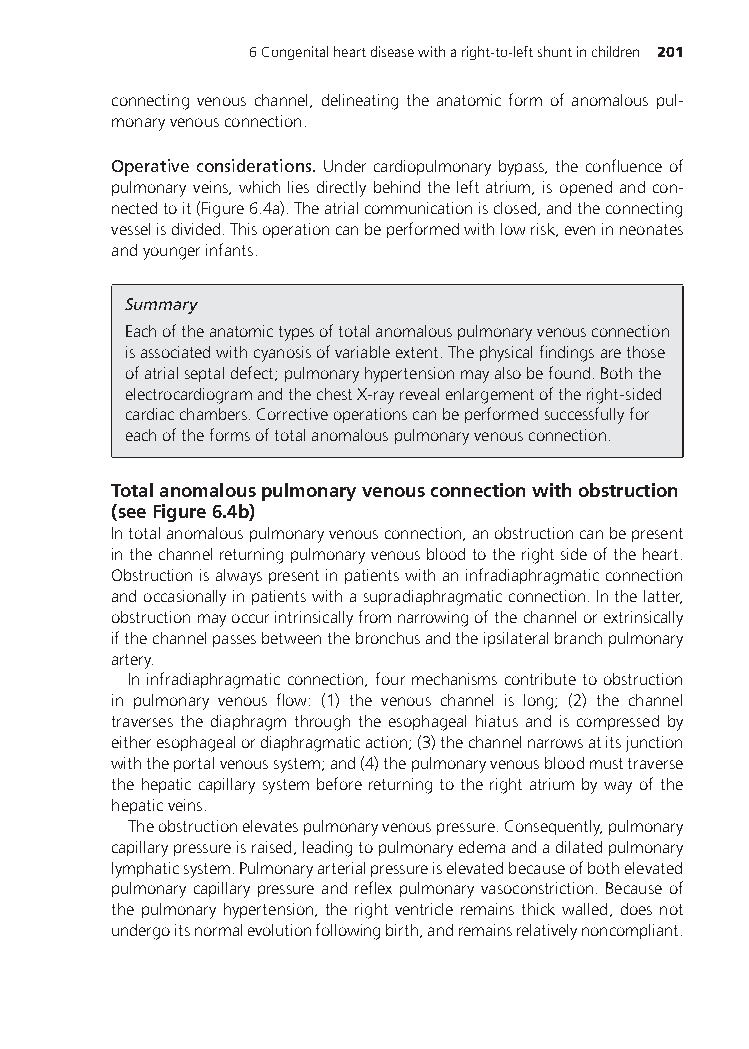
6Congenitalheartdiseasewitharight-to-leftshuntinchildren 201
 connecting venous channel, delineating the anatomic form of anomalous pul-
 monaryvenousconnection.
 Operative considerations. Undercardiopulmonarybypass,theconfluenceof
 pulmonaryveins,whichliesdirectlybehindtheleftatrium,isopenedandcon-
 nectedtoit(Figure6.4a).Theatrialcommunicationisclosed,andtheconnecting
 vesselisdivided.Thisoperationcanbeperformedwithlowrisk,eveninneonates
 andyoungerinfants.
 Summary
 Eachoftheanatomictypesoftotalanomalouspulmonaryvenousconnection
 isassociatedwithcyanosisofvariableextent.Thephysicalfindingsarethose
 ofatrialseptaldefect;pulmonaryhypertensionmayalsobefound.Boththe
 electrocardiogramandthechestX-rayrevealenlargementoftheright-sided
 cardiacchambers.Correctiveoperationscanbeperformedsuccessfullyfor
 eachoftheformsoftotalanomalouspulmonaryvenousconnection.
 Totalanomalouspulmonaryvenousconnectionwithobstruction
 (seeFigure6.4b)
 Intotalanomalouspulmonaryvenousconnection,anobstructioncanbepresent
 inthechannelreturningpulmonaryvenousbloodtotherightsideoftheheart.
 Obstructionisalwayspresentinpatientswithaninfradiaphragmaticconnection
 andoccasionallyinpatientswithasupradiaphragmaticconnection.Inthelatter,
 obstructionmayoccurintrinsicallyfromnarrowingofthechannelorextrinsically
 ifthechannelpassesbetweenthebronchusandtheipsilateralbranchpulmonary
 artery.
 Ininfradiaphragmaticconnection,fourmechanismscontributetoobstruction
 in pulmonary venous flow: (1) the venous channel is long; (2) the channel
 traverses the diaphragm through the esophageal hiatus and is compressed by
 eitheresophagealordiaphragmaticaction;(3)thechannelnarrowsatitsjunction
 withtheportalvenoussystem;and(4)thepulmonaryvenousbloodmusttraverse
 thehepaticcapillarysystembeforereturningtotherightatriumbywayofthe
 hepaticveins.
 Theobstructionelevatespulmonaryvenouspressure.Consequently,pulmonary
 capillarypressureisraised,leadingtopulmonaryedemaandadilatedpulmonary
 lymphaticsystem.Pulmonaryarterialpressureiselevatedbecauseofbothelevated
 pulmonarycapillarypressureandreflexpulmonaryvasoconstriction.Becauseof
 the pulmonary hypertension, the right ventricle remains thick walled, does not
 undergoitsnormalevolutionfollowingbirth,andremainsrelativelynoncompliant.